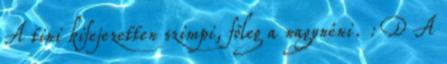
A tini kifejezetten szimpi, főleg a nagynéni. :D A